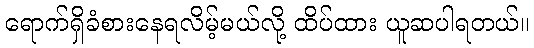
ရောက်ရှိခံစားနေရလိမ့်မယ်လို့ ထိပ်ထား ယူဆပါရတယ်။